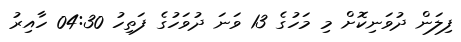
ފިލަން ދުވަނިކޮށް މި މަހުގެ 13 ވަނަ ދުވަހުގެ ފަތިހު 04:30 ހާއިރު